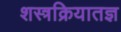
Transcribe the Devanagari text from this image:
शस्त्रक्रियातज्ञ